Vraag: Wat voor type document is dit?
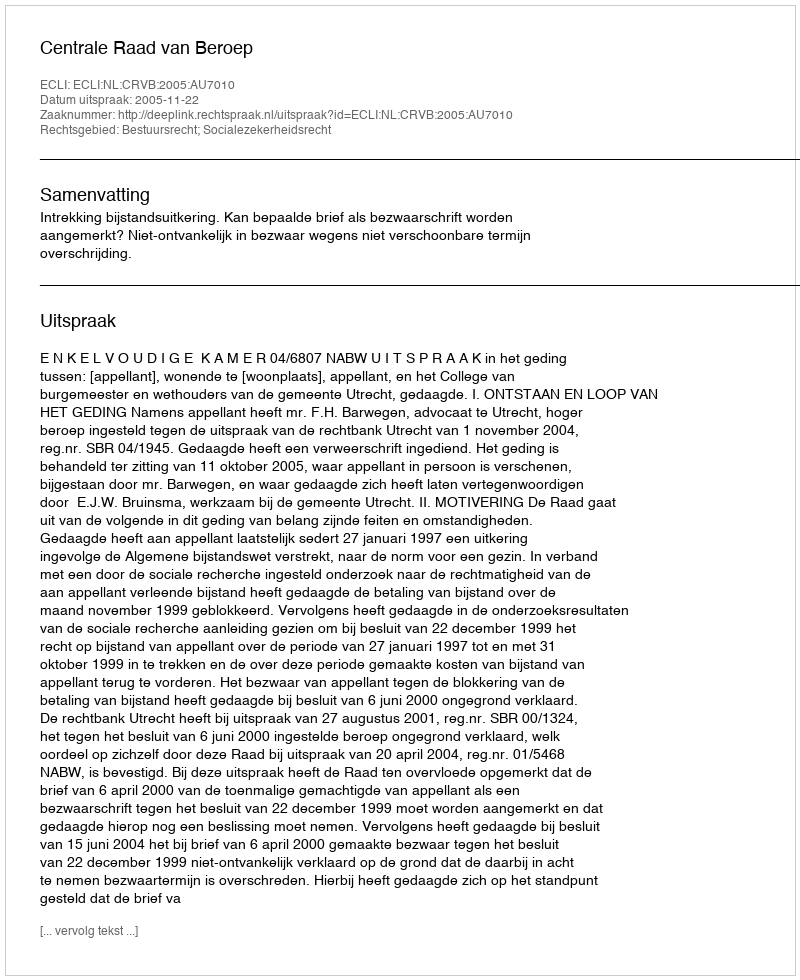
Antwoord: Uitspraak